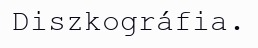
Diszkográfia.